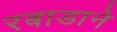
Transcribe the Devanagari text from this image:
रबाडाने